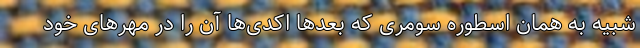
شبیه به همان اسطوره سومری که بعدها اَکَدی‌ها آن را در مُهرهای خود